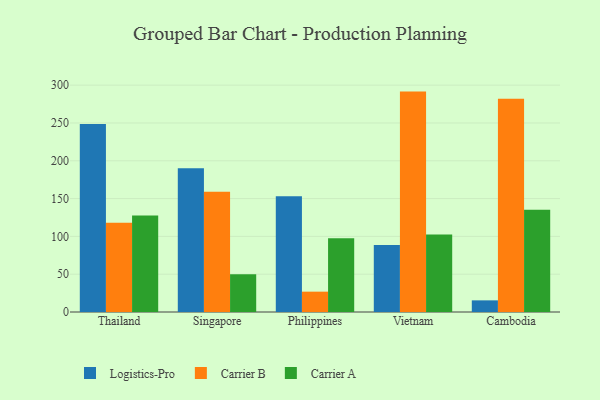
{"axis": {"x": "Country", "y": "Satisfaction Score"}, "legend": ["Carrier A", "Carrier B", "Logistics-Pro"], "data": [{"x": "Thailand", "y": 248.5, "type": "Logistics-Pro"}, {"x": "Thailand", "y": 118.1, "type": "Carrier B"}, {"x": "Thailand", "y": 127.5, "type": "Carrier A"}, {"x": "Singapore", "y": 190.0, "type": "Logistics-Pro"}, {"x": "Singapore", "y": 159.2, "type": "Carrier B"}, {"x": "Singapore", "y": 50.0, "type": "Carrier A"}, {"x": "Philippines", "y": 153.1, "type": "Logistics-Pro"}, {"x": "Philippines", "y": 26.9, "type": "Carrier B"}, {"x": "Philippines", "y": 97.5, "type": "Carrier A"}, {"x": "Vietnam", "y": 88.6, "type": "Logistics-Pro"}, {"x": "Vietnam", "y": 291.5, "type": "Carrier B"}, {"x": "Vietnam", "y": 102.5, "type": "Carrier A"}, {"x": "Cambodia", "y": 15.4, "type": "Logistics-Pro"}, {"x": "Cambodia", "y": 281.9, "type": "Carrier B"}, {"x": "Cambodia", "y": 135.4, "type": "Carrier A"}]}